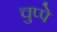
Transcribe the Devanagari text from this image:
चुप्पे